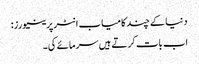
دنیا کے چند کامیاب انٹرپرینیورز:
اب بات کرتے ہیں سرمائے کی۔